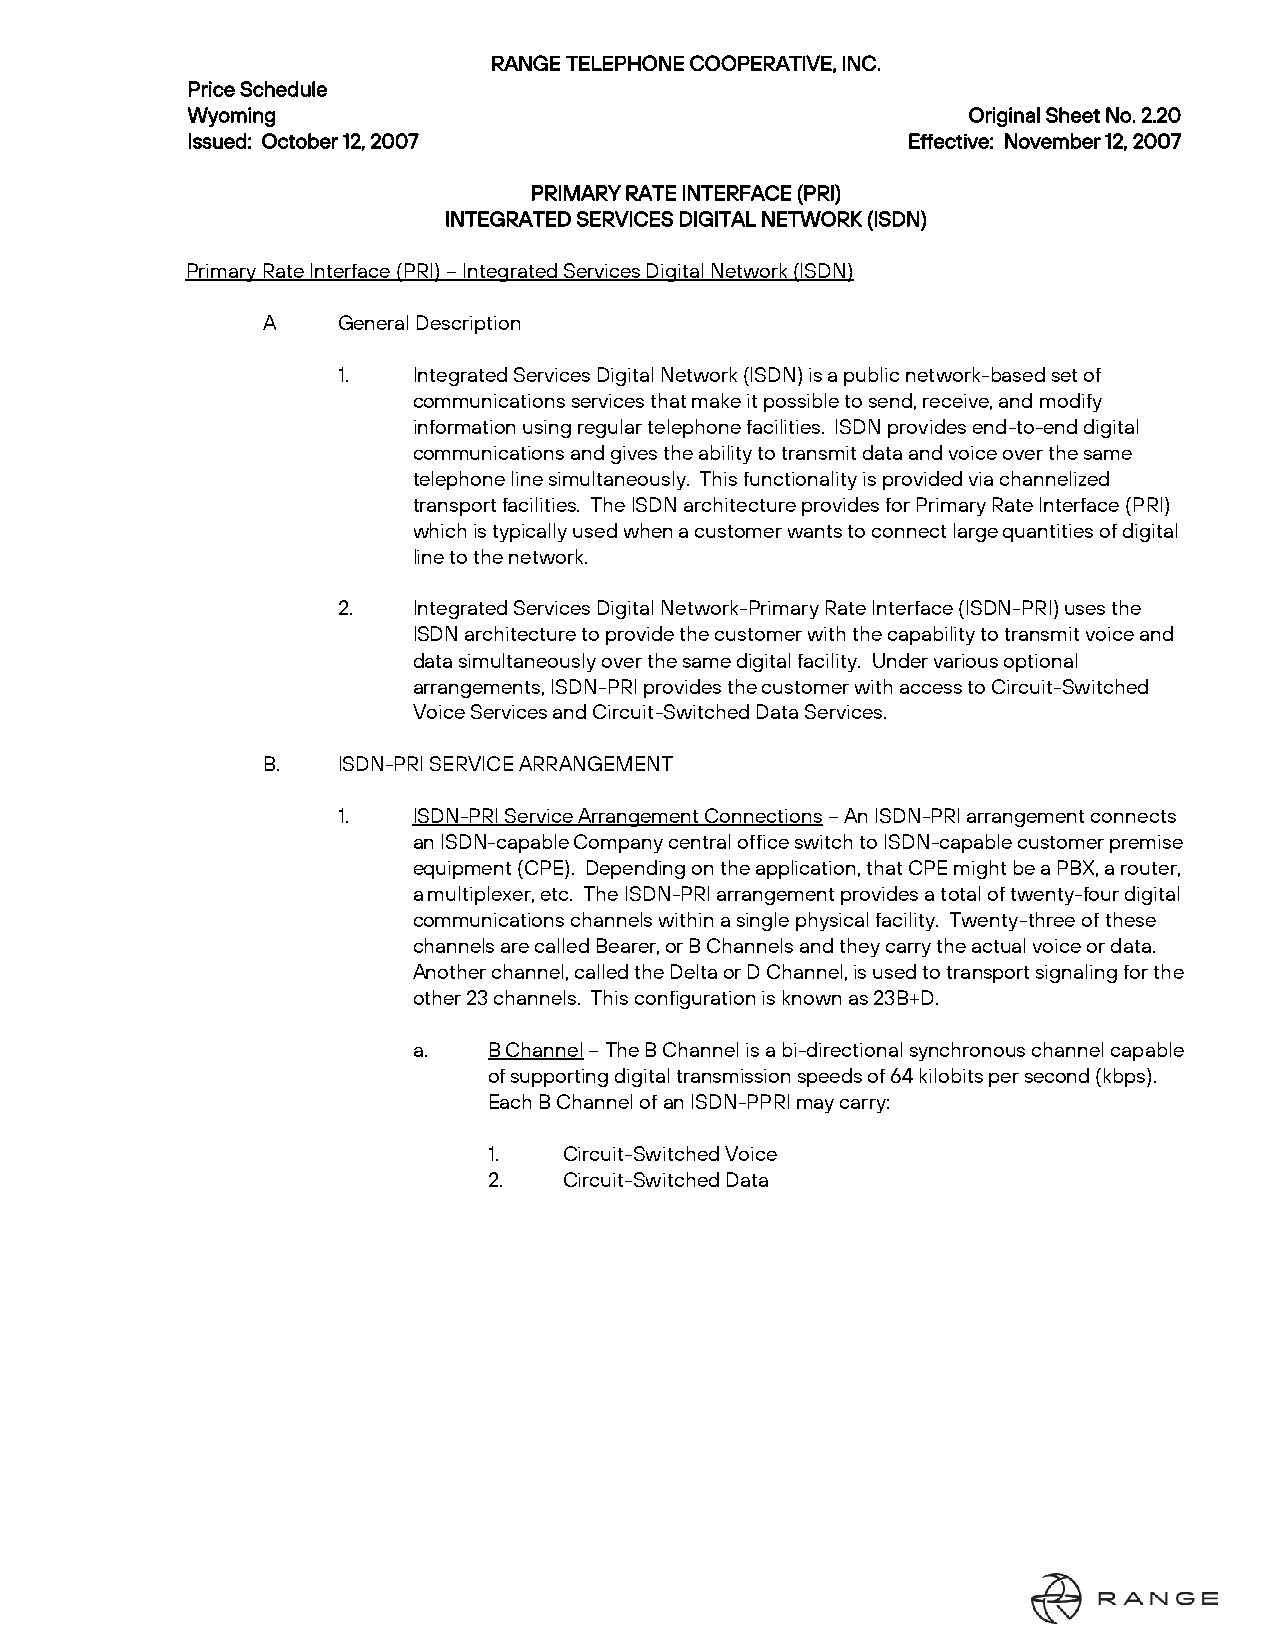
RANGE TELEPHONE COOPERATIVE, INC.
 Price Schedule
 Wyoming                                             Original Sheet No. 2.20
 Issued: October 12, 2007                        Effective: November 12, 2007
 PRIMARY RATE INTERFACE (PRI)
 INTEGRATED SERVICES DIGITAL NETWORK (ISDN)
 Primary Rate Interface (PRI) – Integrated Services Digital Network (ISDN)
 A    General Description
 1.   Integrated Services Digital Network (ISDN) is a public network-based set of
 communications services that make it possible to send, receive, and modify
 information using regular telephone facilities. ISDN provides end-to-end digital
 communications and gives the ability to transmit data and voice over the same
 telephone line simultaneously. This functionality is provided via channelized
 transport facilities. The ISDN architecture provides for Primary Rate Interface (PRI)
 which is typically used when a customer wants to connect large quantities of digital
 line to the network.
 2.   Integrated Services Digital Network-Primary Rate Interface (ISDN-PRI) uses the
 ISDN architecture to provide the customer with the capability to transmit voice and
 data simultaneously over the same digital facility. Under various optional
 arrangements, ISDN-PRI provides the customer with access to Circuit-Switched
 Voice Services and Circuit-Switched Data Services.
 B.   ISDN-PRI SERVICE ARRANGEMENT
 1.   ISDN-PRI Service Arrangement Connections – An ISDN-PRI arrangement connects
 an ISDN-capable Company central office switch to ISDN-capable customer premise
 equipment (CPE). Depending on the application, that CPE might be a PBX, a router,
 a multiplexer, etc. The ISDN-PRI arrangement provides a total of twenty-four digital
 communications channels within a single physical facility. Twenty-three of these
 channels are called Bearer, or B Channels and they carry the actual voice or data.
 Another channel, called the Delta or D Channel, is used to transport signaling for the
 other 23 channels. This configuration is known as 23B+D.
 a.   B Channel – The B Channel is a bi-directional synchronous channel capable
 of supporting digital transmission speeds of 64 kilobits per second (kbps).
 Each B Channel of an ISDN-PPRI may carry:
 1.   Circuit-Switched Voice
 2.   Circuit-Switched Data